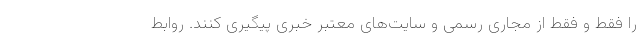
را فقط و فقط از مجاری رسمی و سایت‌های معتبر خبری پیگیری کنند. روابط